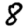
Digit: 8